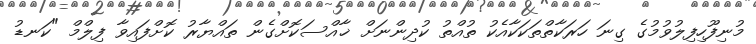
މުނިފޫހިފިލުވުމުގެ ގިނަ ހަރަކާތްތަކަކާއެކު ތުއްތު ކުދިންނަށް ޚާއްސަކޮށްގެން ތައްޔާރު ކޮށްފައިވާ ފިލްމް "ކަނޑު